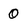
Character: 0